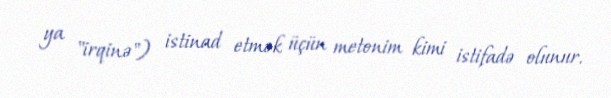
ya "irqinə") istinad etmək üçün metonim kimi istifadə olunur.